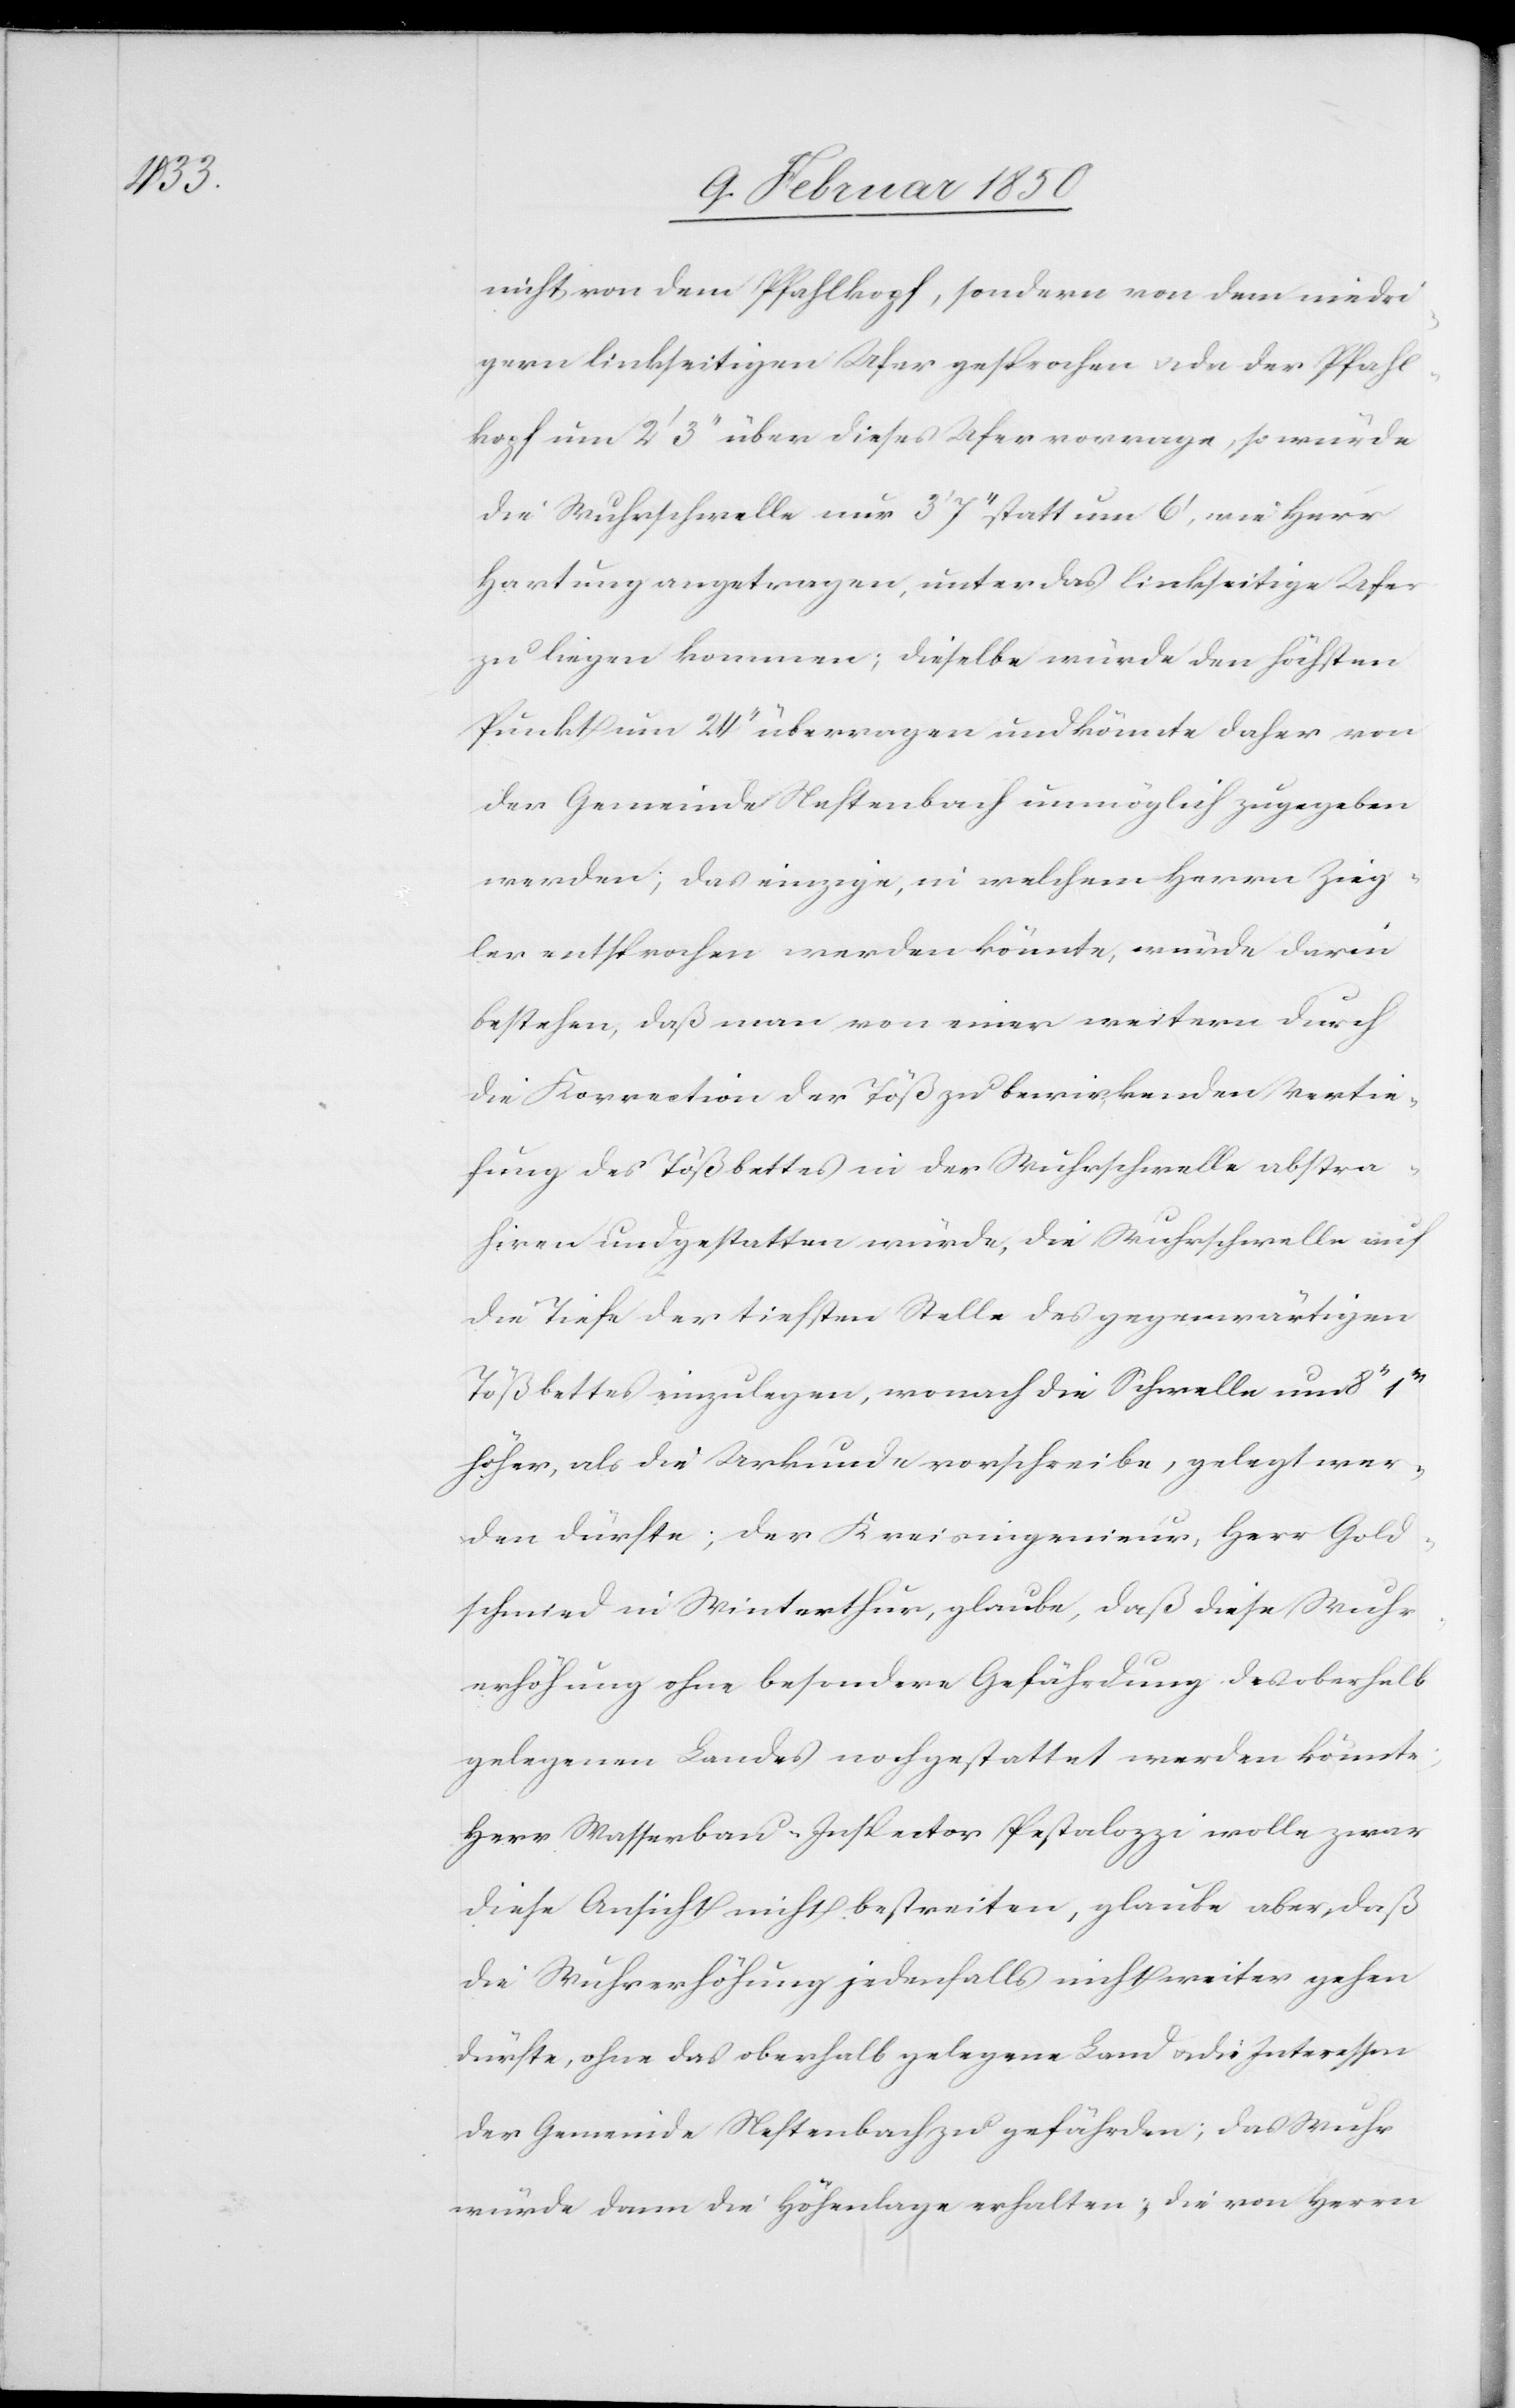
1ʼʼʼ

nicht von dem Pfahlkopf, sondern von dem niedri¬
gern linkseitigen Ufer gesprochen u. da der Pfahl¬
kopf um 2ʼ 3ʼʼ über dieses Ufer vorrage, so würde
die Wuhrschwelle nur 3ʼ 7ʼʼ statt um 6ʼ, wie Herr
Hartung angetragen, unter das linkseitige Ufer
zu liegen kommen; dieselbe würde den höchsten
Punkt um 24ʼʼ überragen und könnte daher von
der Gemeinde Neftenbach unmöglich zugegeben
werden; das einzige, in welchem Herrn Zieg¬
ler entsprochen werden könnte, würde darin
bestehen, daß man von einer weitern durch
die Korrection der Töß zu bewirkenden Vertie¬
fung des Tößbettes in der Wuhrschwelle abstra¬
hiren und gestatten würde, die Wuhrschwelle auf
die Tiefe der tiefsten Stelle des gegenwärtigen
Tößbettes einzulegen, wonach die Schwelle um 8ʼʼ
höher, als die Urkunde vorschreibe, gelegt wer¬
den dürfte; der Kreisingenieur, Herr Gold¬
schmied in Winterthur, glaube, daß diese Wuhr¬
erhöhung ohne besondere Gefährdung des oberhalb
gelegenen Landes noch gestattet werden könnte;
Herr Wasserbau-Inspector Pestalozzi wolle zwar
diese Ansicht nicht bestreiten, glaube aber, daß
die Wuhrerhöhung jedenfalls nicht weiter gehen
dürfte, ohne das oberhalb gelegene Land u. die Interessen
der Gemeinde Neftenbach zu gefährden; das Wuhr
würde dann die Höhenlage erhalten; die von Herrn